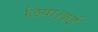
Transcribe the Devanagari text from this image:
लिया।कई